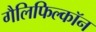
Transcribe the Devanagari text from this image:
गैलिफिल्कॉन